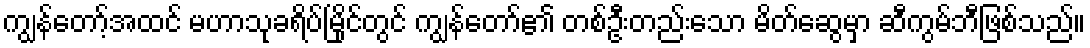
ကျွန်တော့်အထင် မဟာသုခရိပ်မြိုင်တွင် ကျွန်တော်၏ တစ်ဦးတည်းသော မိတ်ဆွေမှာ ဆီကွမ်ဘီဖြစ်သည်။